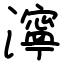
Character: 濘